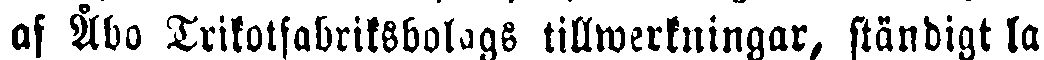
af Åbo Trikotfabriksbolags tillwerkningar, ständigt la